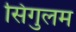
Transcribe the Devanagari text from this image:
सिंगुलम